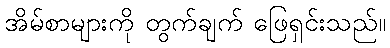
အိမ်စာများကို တွက်ချက် ဖြေရှင်းသည်။